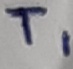
Text: T1